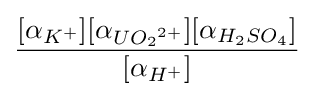
{\frac {[\alpha _{K^{+}}][\alpha _{{UO_{2}}^{2+}}][\alpha _{{H_{2}}S{O_{4}}}]}{[\alpha _{H^{+}}]}}